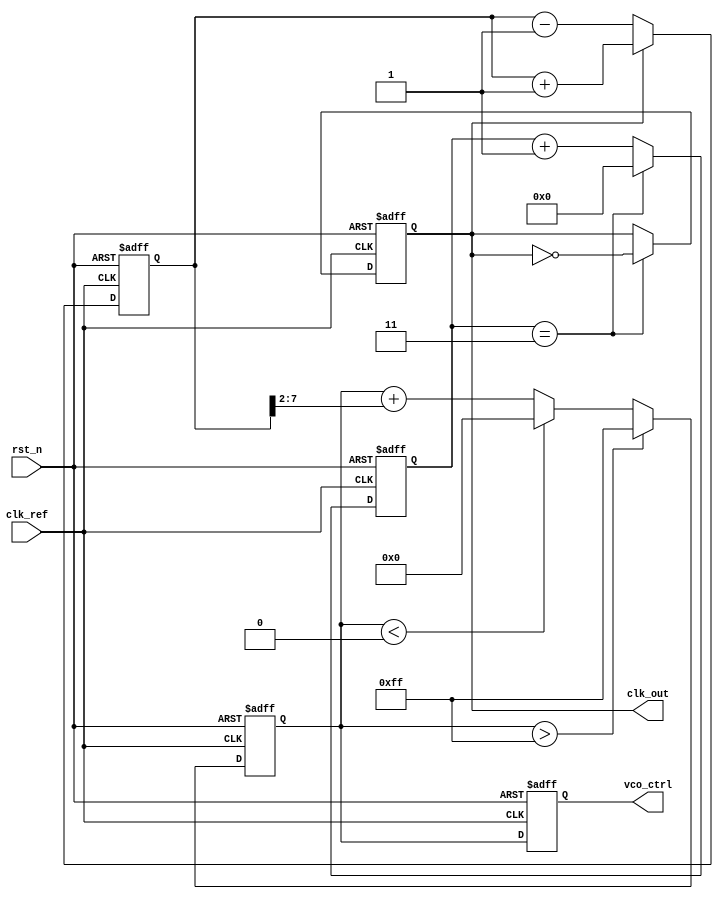
module low_jitter_pll (
    input wire clk_ref,            // Reference clock input
    input wire rst_n,              // Active-low reset
    output reg clk_out,            // PLL output clock
    output reg [7:0] vco_ctrl      // VCO control voltage (simulated)
);

// Parameters
parameter DIV_RATIO = 4;          // Frequency divider ratio
parameter VCO_MAX = 255;           // VCO control voltage maximum
parameter VCO_MIN = 0;             // VCO control voltage minimum

// Internal signals
reg [7:0] phase_error;             // Phase error signal
reg [7:0] loop_filter_out;          // Loop filter output
reg [7:0] vco_freq;                // VCO frequency output
reg [3:0] divider_count;           // Divider counter

// Phase Detector (PD)
always @(posedge clk_ref or negedge rst_n) begin
    if (!rst_n) begin
        phase_error <= 8'b0;
    end else begin
        // Simple phase detector logic (edge detection)
        if (clk_out) begin
            phase_error <= phase_error + 1; // Increment on clock edge
        end else begin
            phase_error <= phase_error - 1; // Decrement on clock edge
        end
    end
end

// Loop Filter (LF)
always @(posedge clk_ref or negedge rst_n) begin
    if (!rst_n) begin
        loop_filter_out <= 8'b0;
    end else begin
        // Simple first-order loop filter (integrator)
        loop_filter_out <= loop_filter_out + (phase_error >> 2); // Proportional control
        // Clamp output to VCO range
        if (loop_filter_out > VCO_MAX) loop_filter_out <= VCO_MAX;
        else if (loop_filter_out < VCO_MIN) loop_filter_out <= VCO_MIN;
    end
end

// Voltage-Controlled Oscillator (VCO)
always @(posedge clk_ref or negedge rst_n) begin
    if (!rst_n) begin
        vco_freq <= 8'b0;
        vco_ctrl <= 8'b0;
    end else begin
        // VCO frequency generation based on control voltage
        vco_ctrl <= loop_filter_out; // Control voltage update
        vco_freq <= vco_ctrl; // Frequency output
    end
end

// Frequency Divider
always @(posedge clk_ref or negedge rst_n) begin
    if (!rst_n) begin
        divider_count <= 4'b0;
        clk_out <= 1'b0;
    end else begin
        if (divider_count == (DIV_RATIO - 1)) begin
            clk_out <= ~clk_out; // Toggle output clock
            divider_count <= 4'b0; // Reset counter
        end else begin
            divider_count <= divider_count + 1; // Increment counter
        end
    end
end

endmodule